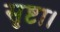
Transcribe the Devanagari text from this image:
सृष्टा।